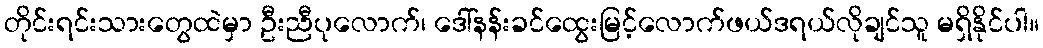
တိုင်းရင်းသားတွေထဲမှာ ဦးညီပုလောက်၊ ဒေါ်နန်းခင်ထွေးမြင့်လောက်ဖယ်ဒရယ်လိုချင်သူ မရှိနိုင်ပါ။